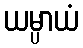
ယမ္ပာယံ